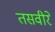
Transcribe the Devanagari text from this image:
तसवीरे